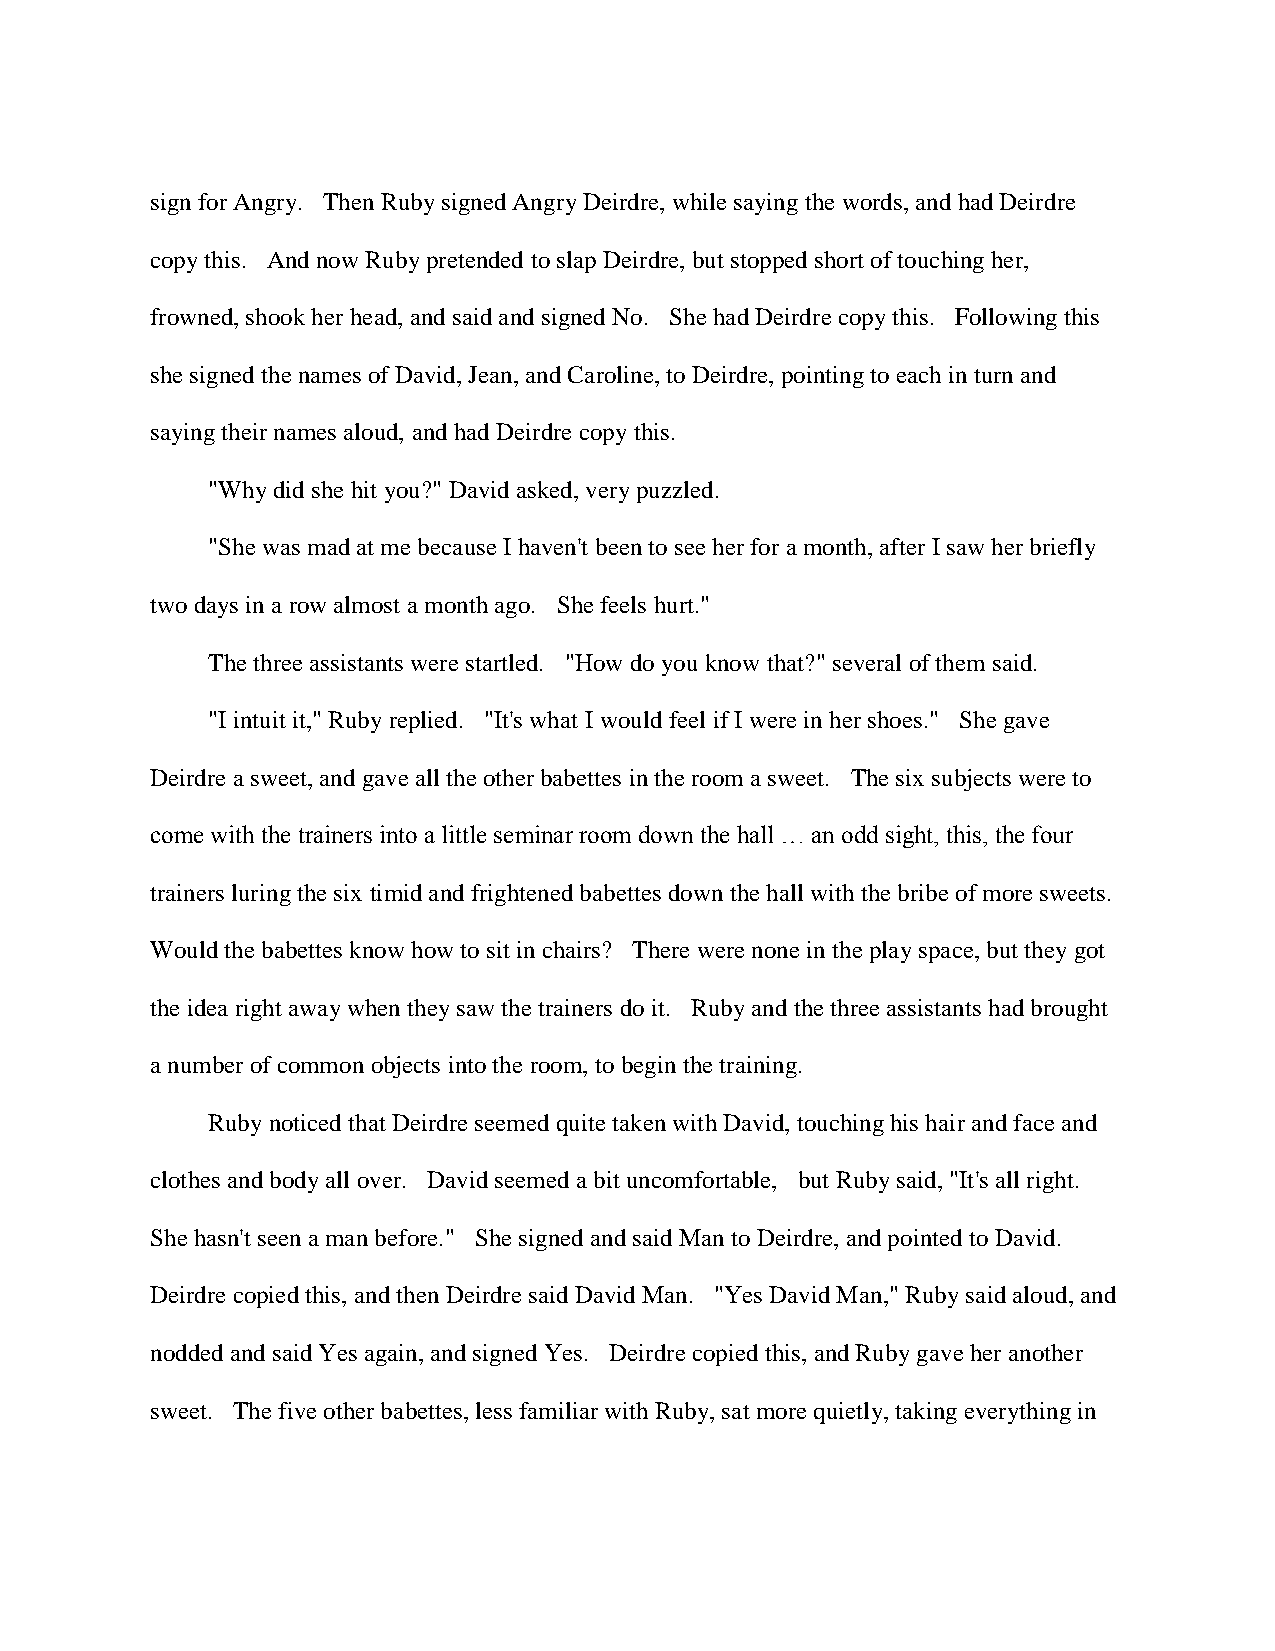
sign for Angry. Then Ruby signed Angry Deirdre, while saying the words, and had Deirdre
 copy this. And now Ruby pretended to slap Deirdre, but stopped short of touching her,
 frowned, shook her head, and said and signed No. She had Deirdre copy this. Following this
 she signed the names of David, Jean, and Caroline, to Deirdre, pointing to each in turn and
 saying their names aloud, and had Deirdre copy this.
 "Why did she hit you?" David asked, very puzzled.
 "She was mad at me because I haven't been to see her for a month, after I saw her briefly
 two days in a row almost a month ago. She feels hurt."
 The three assistants were startled. "How do you know that?" several of them said.
 "I intuit it," Ruby replied. "It's what I would feel if I were in her shoes." She gave
 Deirdre a sweet, and gave all the other babettes in the room a sweet. The six subjects were to
 come with the trainers into a little seminar room down the hall … an odd sight, this, the four
 trainers luring the six timid and frightened babettes down the hall with the bribe of more sweets.
 Would the babettes know how to sit in chairs? There were none in the play space, but they got
 the idea right away when they saw the trainers do it. Ruby and the three assistants had brought
 a number of common objects into the room, to begin the training.
 Ruby noticed that Deirdre seemed quite taken with David, touching his hair and face and
 clothes and body all over. David seemed a bit uncomfortable, but Ruby said, "It's all right.
 She hasn't seen a man before." She signed and said Man to Deirdre, and pointed to David.
 Deirdre copied this, and then Deirdre said David Man. "Yes David Man," Ruby said aloud, and
 nodded and said Yes again, and signed Yes. Deirdre copied this, and Ruby gave her another
 sweet. The five other babettes, less familiar with Ruby, sat more quietly, taking everything in